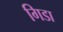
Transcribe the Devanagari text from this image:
गिडा